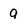
Character: a